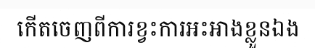
កើតចេញពីការខ្វះការអះអាងខ្លួនឯង